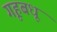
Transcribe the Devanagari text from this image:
गृहबधू